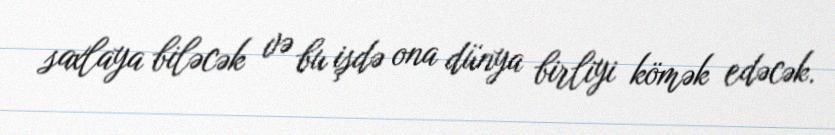
saxlaya biləcək və bu işdə ona dünya birliyi kömək edəcək.